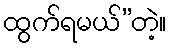
ထွက်ရမယ်”တဲ့။